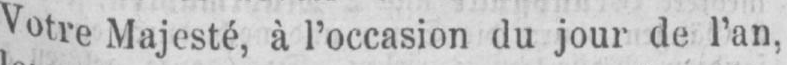
Votre Majesté, à l’occasion du jour de l’an,